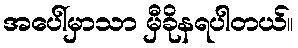
အပေါ်မှာသာ မှီခိုနရပါတယ်။